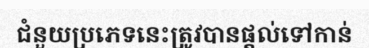
ជំនួយប្រភេទនេះត្រូវបានផ្តល់ទៅកាន់